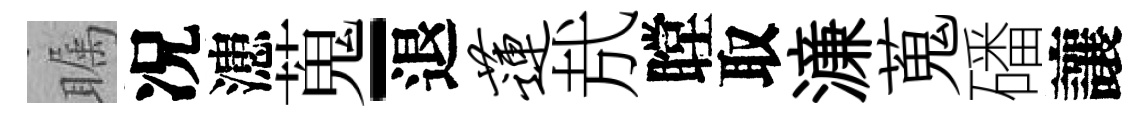
瞩况漶蒐-退莲㢤瞠取濓蒐磻讓